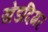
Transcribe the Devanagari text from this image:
खेडदिगर